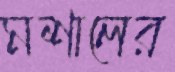
মশালের